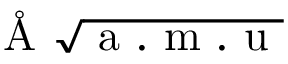
\mathrm { ~ \AA ~ } \sqrt { \mathrm { ~ a ~ . ~ m ~ . ~ u ~ } }